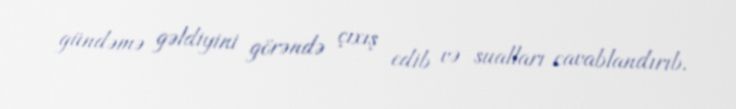
gündəmə gəldiyini görəndə çıxış edib və sualları cavablandırıb.